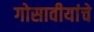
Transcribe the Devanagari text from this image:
गोसावीयांचे